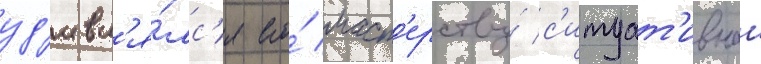
уд'ивл'я́лс'я его́ маст'ерству́ с'итуат'ивнои